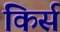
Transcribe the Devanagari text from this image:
किर्स